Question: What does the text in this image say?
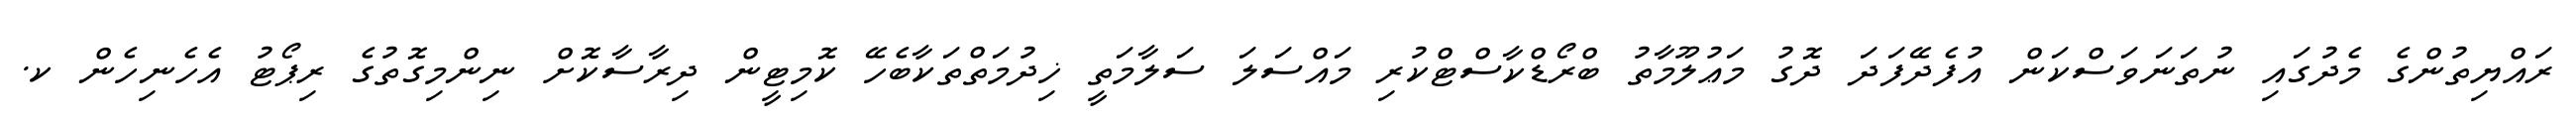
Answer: ރައްޔިތުންގެ މެދުގައި ނުތަނަވަސްކަން އުފެދޭފަދަ ދޮގު މަޢުލޫމާތު ބްރޯޑްކާސްޓްކުރި މައްސަލަ ސަލާމަތީ ޚިދުމަތްތަކާބެހޭ ކޮމިޓީން ދިރާސާކޮށް ނިންމިގޮތުގެ ރިޕޯޓު އެހެނިހެން ކ.